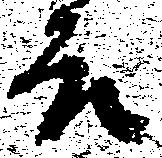
故